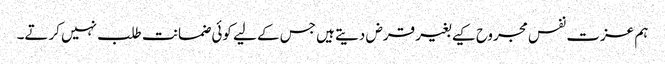
ہم عزت نفس مجروح کیے بغیر قرض دیتے ہیں جس کے لیے کوئی ضمانت طلب نہیں کرتے۔